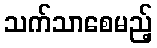
သက်သာစေမည့်